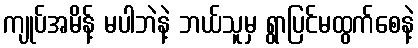
ကျုပ်အမိန့် မပါဘဲနဲ့ ဘယ်သူမှ ရွာပြင်မထွက်စေနဲ့